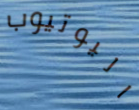
اليوتيوب